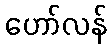
ဟော်လန်